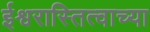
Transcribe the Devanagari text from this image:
ईश्वरास्तित्वाच्या